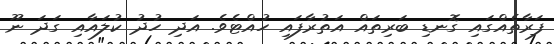
ފަރާތެއްގައި ގޮނޑި ބަރިތައް އަތުރާފައި ހުއްޓެވެ. އަދި ހުދު ކުލައާއި ގަދަ ނޫ